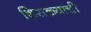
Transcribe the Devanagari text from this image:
शिराळ्याची